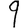
Digit: 9